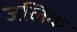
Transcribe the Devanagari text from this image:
जलिक